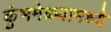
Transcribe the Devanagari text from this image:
कुंभमेळ्यामध्ये